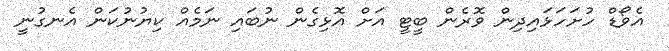
އެވޯޑް ހުށަހަޅައިދިން ވޮރެން ބީޓީ އަށް އޮޅިގެން ނުބައި ނަމެއް ކިޔުނުކަން އެނގުނީ